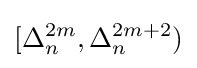
[\Delta _{n}^{2m},\Delta _{n}^{2m+2})